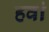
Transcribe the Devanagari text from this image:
हवां